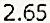
2.65